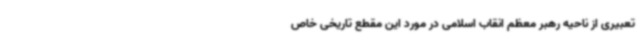
تعبیری از ناحیه رهبر معظم انقاب اسلامی در مورد این مقطع تاریخی خاص